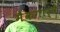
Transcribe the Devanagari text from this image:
मैकगार्वे